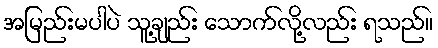
အမြည်းမပါပဲ သူ့ချည်း သောက်လို့လည်း ရသည်။